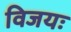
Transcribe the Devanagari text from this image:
विजयः